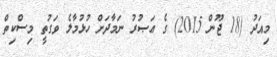
މިއަދު (18 ޖޫން 2015) ގެ ޢަޞުރު ނަމާދަށް ހުޅުމާލެ ވަގުތީ މިސްކިތް